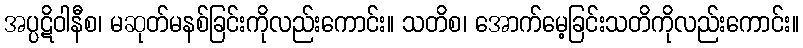
အပ္ပဋိဝါနီစ၊ မဆုတ်မနစ်ခြင်းကိုလည်းကောင်း။ သတိစ၊ အောက်မေ့ခြင်းသတိကိုလည်းကောင်း။